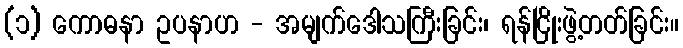
(၁) ကောဓနာ ဥပနာဟ - အမျက်ဒေါသကြီးခြင်း၊ ရန်ငြိုးဖွဲ့တတ်ခြင်း။